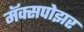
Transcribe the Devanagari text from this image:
मॅक्सपोझर